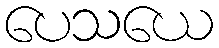
ပေသယေ